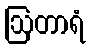
ဩတာရံ